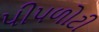
પીપળોટી